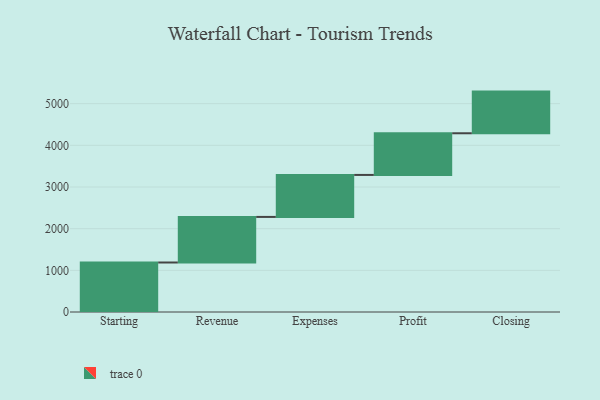
{"axis": {"x": "Step", "y": "Value"}, "legend": [""], "data": [{"x": "Starting", "y": 1188.0, "type": ""}, {"x": "Revenue", "y": 1094.0, "type": ""}, {"x": "Expenses", "y": 1008.0, "type": ""}, {"x": "Profit", "y": 1000, "type": ""}, {"x": "Closing", "y": 1000, "type": ""}]}